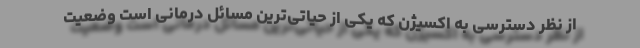
از نظر دسترسی به اکسیژن که یکی از حیاتی‌ترین مسائل درمانی است وضعیت